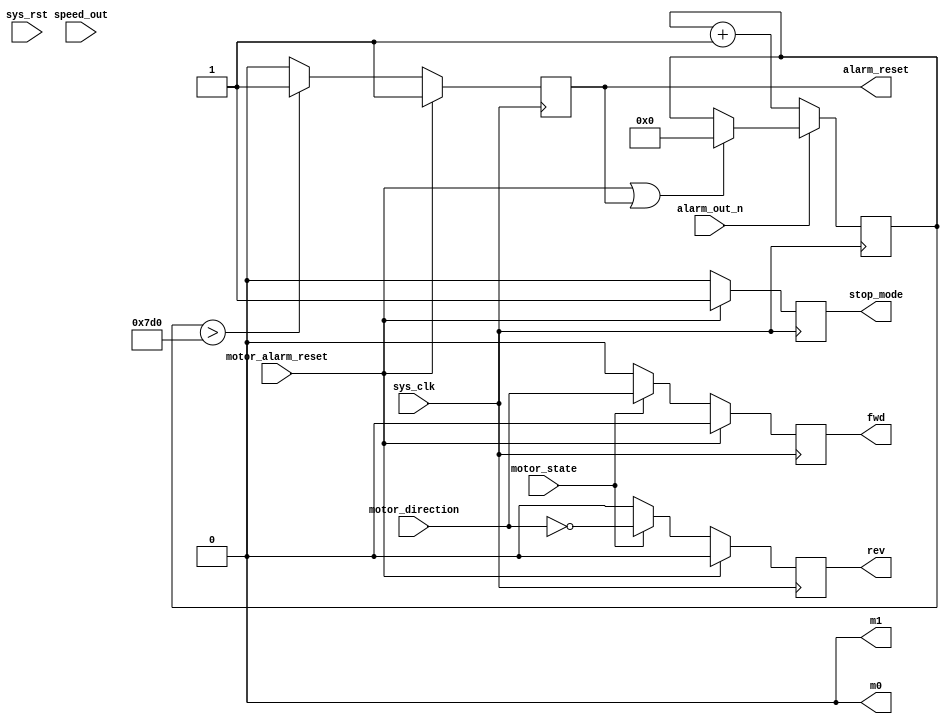
`timescale 1ns / 1ps
//////////////////////////////////////////////////////////////////////////////////
// Company: 
// Engineer: 
// 
// Design Name: 
// Module Name: BLE_CTRL
// Project Name: 
// Target Devices: 
// Tool Versions: 
// Description: 
// 
// Dependencies: 
// 
// Revision:
// Revision 0.01 - File Created
// Additional Comments:
// 
//////////////////////////////////////////////////////////////////////////////////


module BLE_CTRL(
    input           sys_clk,
    input           sys_rst,	
 //	motor state
 	input			motor_state,
 	input			motor_direction,
 	input			motor_alarm_reset,
 //	motor interface
 	output			fwd,
 	output			rev,
 	output			stop_mode,
 	output			m0,
 	output			m1,
 	output			alarm_reset,
 	input			speed_out,
 	input			alarm_out_n	
    );

	assign			m0	=	0;
	assign			m1	=	0;
//*****************************************************************************
// fwd	rev
//*****************************************************************************			
	reg				o_fwd	=	1'b0;
	reg				o_rev	=	1'b0;

	always @(posedge sys_clk) begin
		if (motor_alarm_reset) begin 
			o_fwd	<=	0;
			o_rev	<=	0;
		end
		else if(motor_state) begin
			o_fwd	<=	motor_direction;
			o_rev	<=	~motor_direction;
		end else begin
			o_fwd	<=	0;
			o_rev	<=	0;
		end
	end

	assign			fwd	=	o_fwd;
	assign			rev	=	o_rev;
//*****************************************************************************
// stop mode
//*****************************************************************************			
	reg				o_stop_mode	=	1'b0;

	always @(posedge sys_clk) begin
		if(motor_alarm_reset) begin
			o_stop_mode <= 1;
		end else begin
			o_stop_mode <= 0;
		end
	end

	assign	stop_mode	=	o_stop_mode;
//*****************************************************************************
// alarm reset
//*****************************************************************************			
	reg	[31:0]			tmie_cnt	=	0;
	localparam			TIME_10S	=	32'h3B9A_CA00,
						TIME_10MS	=	32'h001E_8480,
						TIME_10US	=	32'h0000_07D0;

	reg					o_alarm_reset	=	1'b0;

	always @(posedge sys_clk) begin 
		if(!alarm_out_n) begin
			tmie_cnt <= tmie_cnt + 1;
		end else if (motor_alarm_reset || alarm_reset) begin
			tmie_cnt <= 0;
		end
		else
			tmie_cnt <= tmie_cnt;
	end					

	always @(posedge sys_clk) begin
		if(motor_alarm_reset) begin
			o_alarm_reset <= 1;
		end else if (tmie_cnt > TIME_10US) begin
			o_alarm_reset <= 1;
		end
		else 
			o_alarm_reset <= 0;
	end

	assign	alarm_reset	=	o_alarm_reset;
endmodule